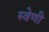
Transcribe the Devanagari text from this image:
स्वेणी